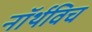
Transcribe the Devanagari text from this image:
नॉर्थविच